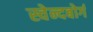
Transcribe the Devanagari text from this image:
स्वेन्दबोर्ग